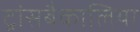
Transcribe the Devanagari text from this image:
ट्रांसबैकालिया